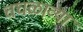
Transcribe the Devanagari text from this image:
चघळाव्या